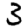
Digit: 3